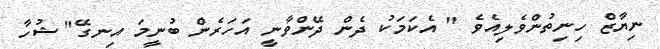
ނިޔާޒް ހިނިތުންވެލިއެވެ " އެކަމަކު ދެން ދޭންވާނީ އަހަރެން ބުނީމަ އިނގޭ" ޝުހާ